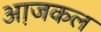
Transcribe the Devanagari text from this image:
आ़जकल